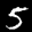
Label: 5